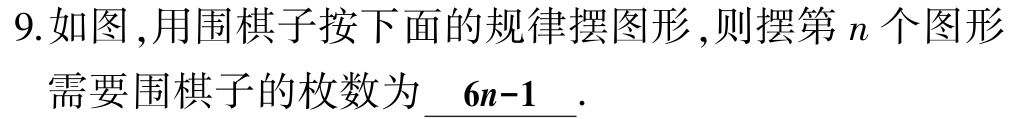
9.如图,用围棋子按下面的规律摆图形,则摆第\(n\)个图形需要围棋子的枚数为\(\underline{6n - 1}\).